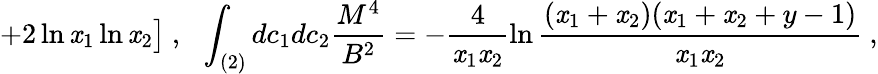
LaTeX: +2\ln\mathit{x}_{1}\ln\mathit{x}_{2}\bigr]\ ,\ \ \int_{(2)}dc_{1}dc_{2}\frac{{M^{4}}}{{B^{2}}}=-\frac{{4}}{{\mathit{x}_{1}\mathit{x}_{2}}}\ln\frac{{(\mathit{x}_{1}+\mathit{x}_{2})(\mathit{x}_{1}+\mathit{x}_{2}+y-1)}}{{\mathit{x}_{1}\mathit{x}_{2}}}\ ,